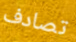
تصادف